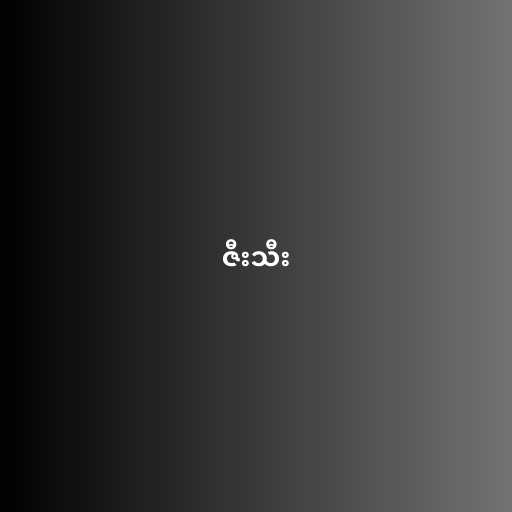
ဇီးသီး